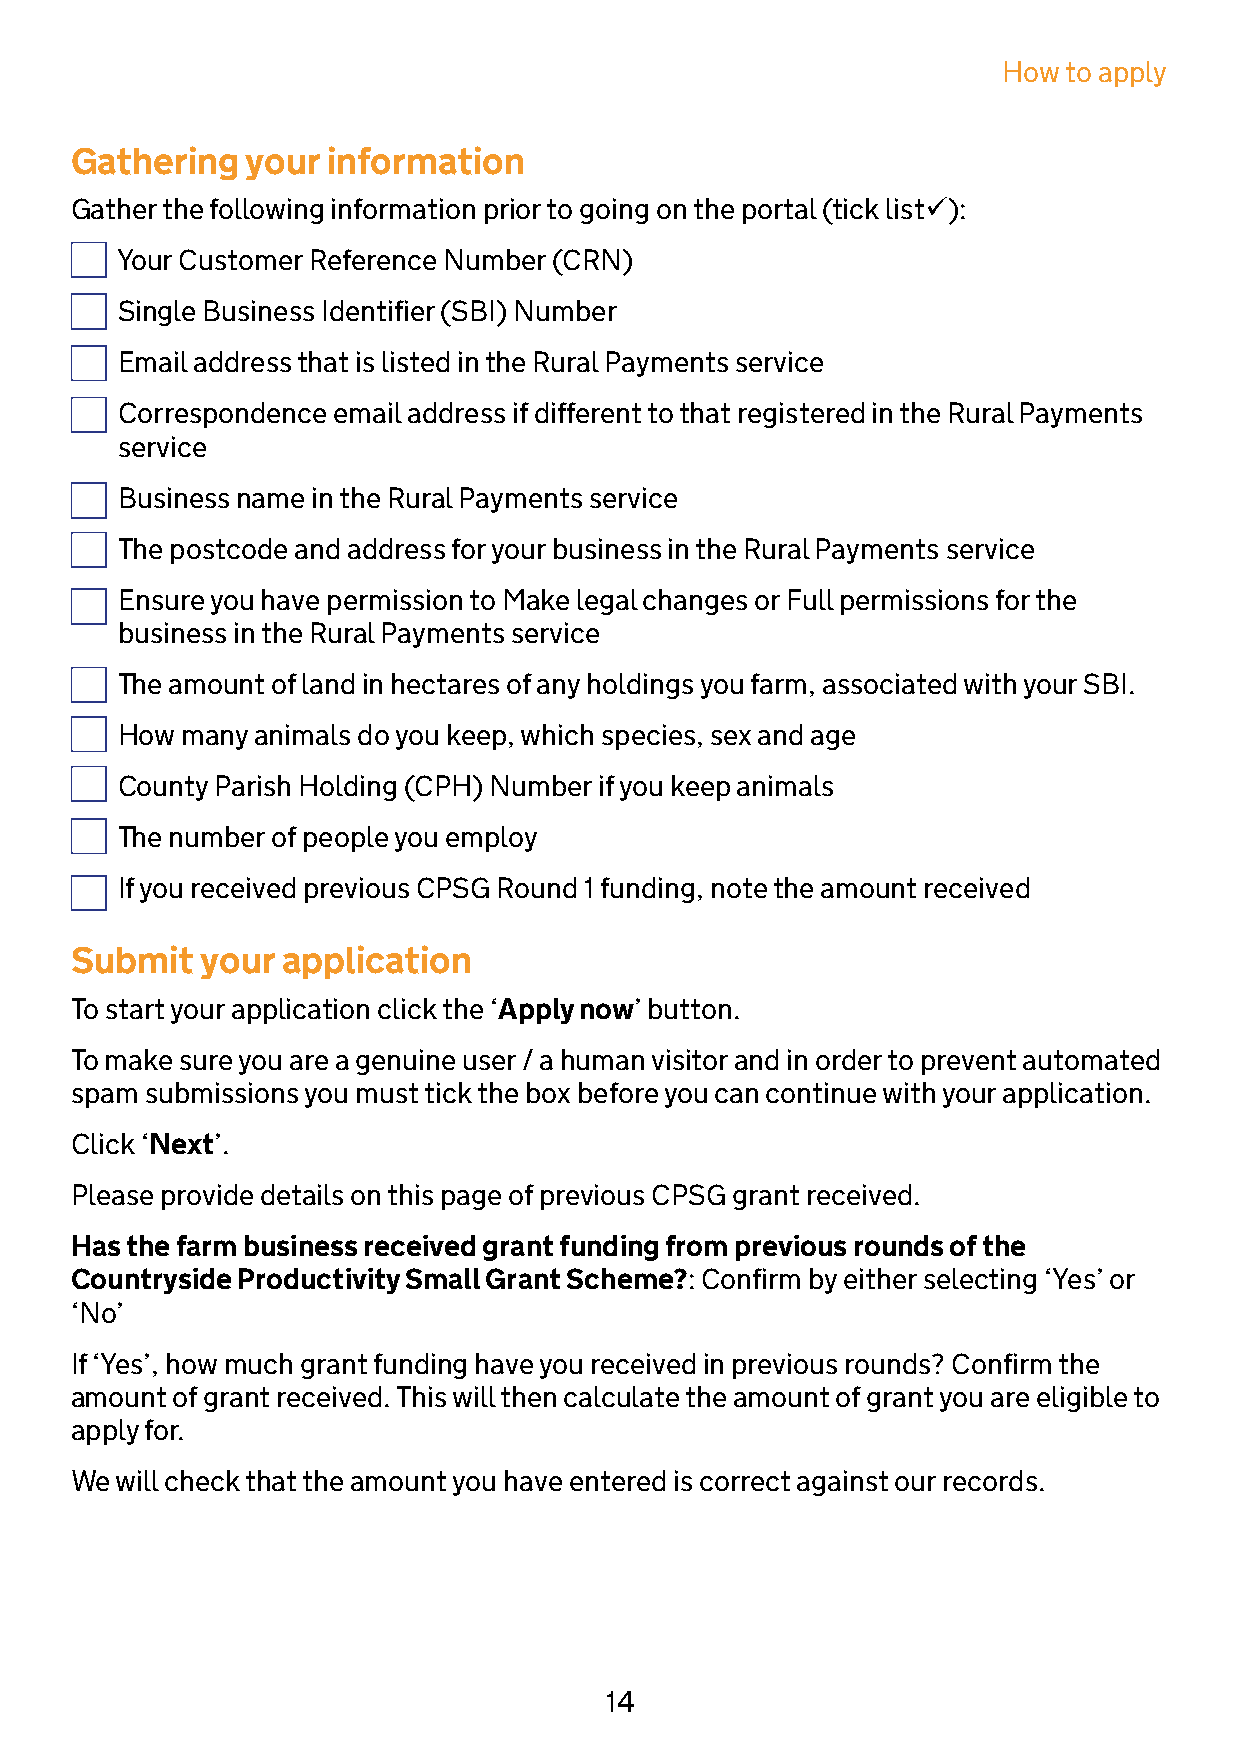
How to apply
 Gathering  your  information
 Gather the following information prior to going on the portal (tick list):
 Your Customer Reference Number (CRN)
 Single Business Identifier (SBI) Number
 Email address that is listed in the Rural Payments service
 Correspondence email address if different to that registered in the Rural Payments
 service
 Business name in the Rural Payments service
 The postcode and address for your business in the Rural Payments service
 Ensure you have permission to Make legal changes or Full permissions for the
 business in the Rural Payments service
 The amount of land in hectares of any holdings you farm, associated with your SBI.
 How many animals do you keep, which species, sex and age
 County Parish Holding (CPH) Number if you keep animals
 The number of people you employ
 If you received previous CPSG Round 1 funding, note the amount received
 Submit  your  application
 To start your application click the ‘Apply now’ button.
 To make sure you are a genuine user / a human visitor and in order to prevent automated
 spam submissions you must tick the box before you can continue with your application.
 Click ‘Next’.
 Please provide details on this page of previous CPSG grant received.
 Has the farm business received grant funding from previous rounds of the
 Countryside Productivity Small Grant Scheme?: Confirm by either selecting ‘Yes’ or
 ‘No’
 If ‘Yes’, how much grant funding have you received in previous rounds? Confirm the
 amount of grant received. This will then calculate the amount of grant you are eligible to
 apply for.
 We will check that the amount you have entered is correct against our records.
 14